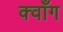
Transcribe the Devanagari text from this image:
क्वाँग